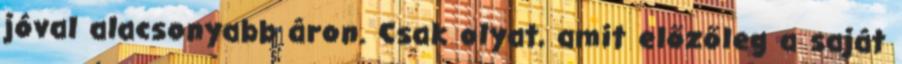
jóval alacsonyabb áron. Csak olyat, amit előzőleg a saját